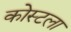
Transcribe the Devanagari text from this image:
कोस्टला